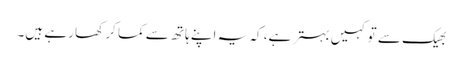
بھیک سے تو کہیں بہتر ہے، کہ یہ اپنے ہاتھ سے کما کر کھا رہے ہیں۔